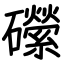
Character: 礯